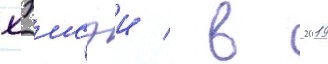
хэисэи / в 2019